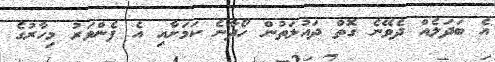
އެ ބަދަލެއް ދެވޭނެ ގޮތް ދައުލަތުން ހޯދާނެ ކަމަށާއި އެ ފެންވަރު މިހާރުގެ